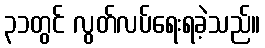
၃၁တွင် လွတ်လပ်ရေးရခဲ့သည်။